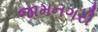
જામનગરી